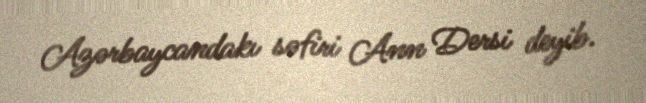
Azərbaycandakı səfiri Ann Dersi deyib.